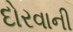
દોરવાની